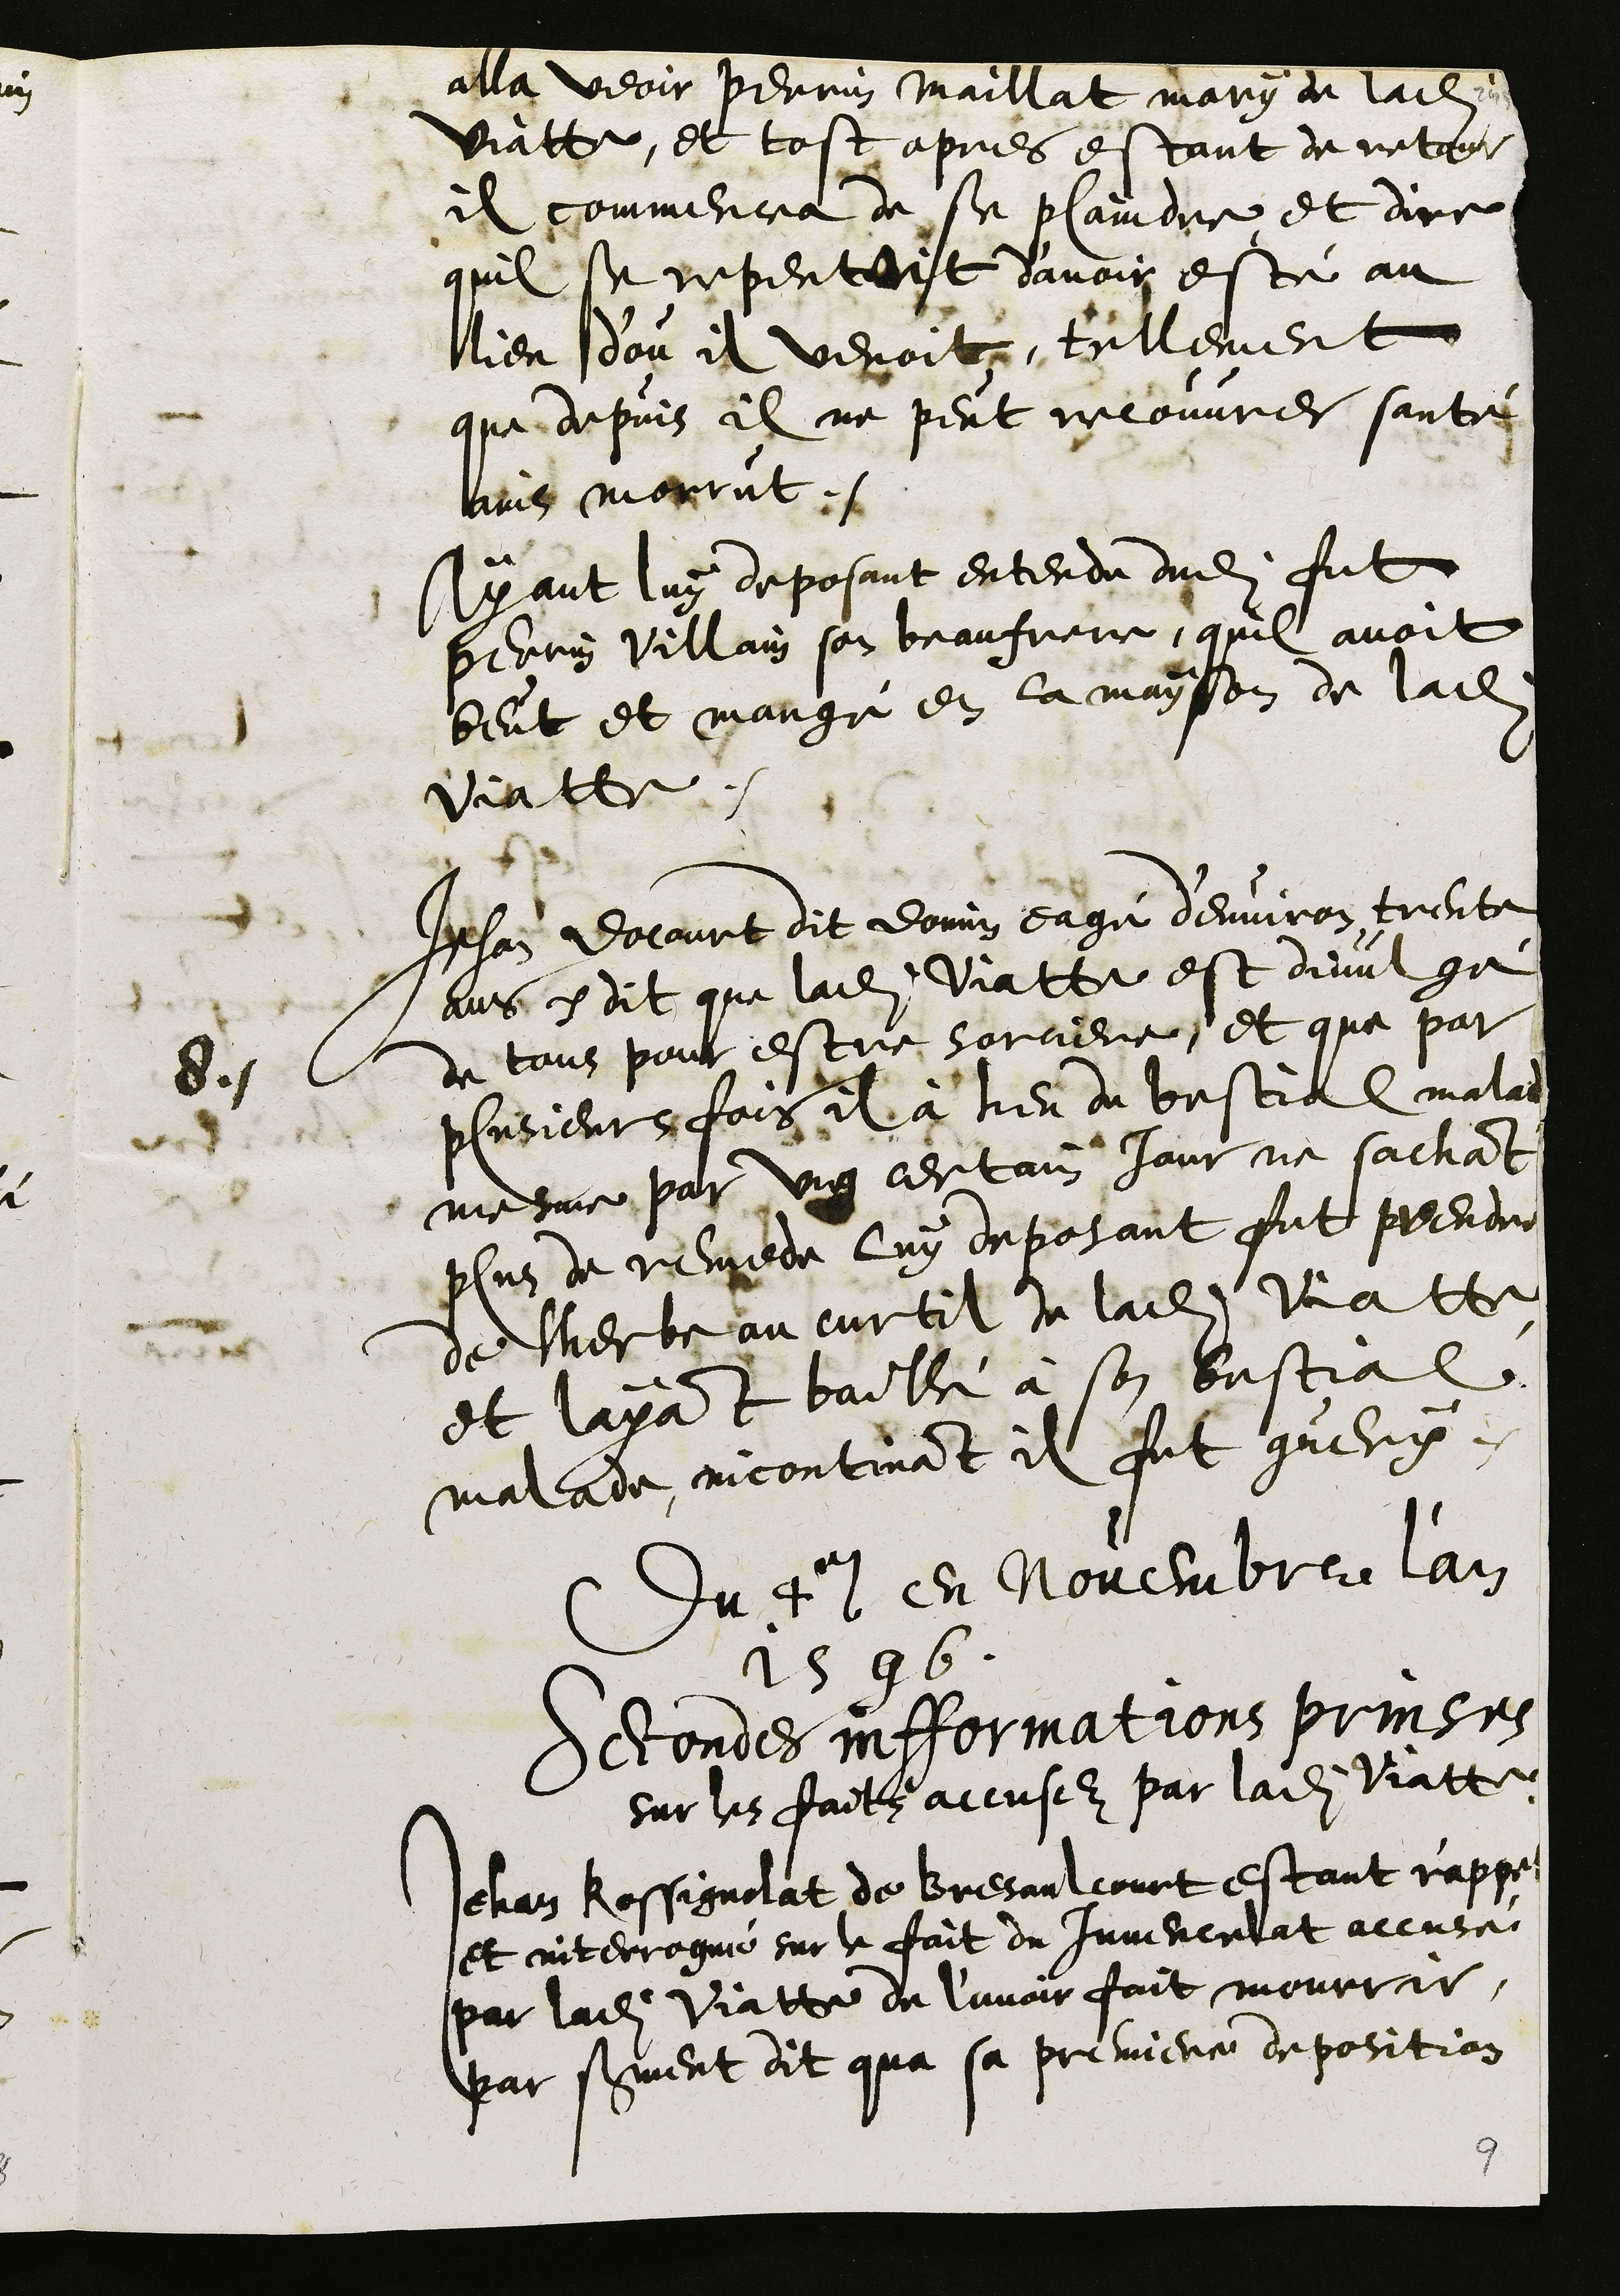
alla veoir Perrin Maillat mary de ladite
Viatte, et tost apres estant de retour
il commencea de se plaindre et dire
quil se repentoit d’avoir esté au
lieu d'ou il venoit, tellement
que depuis il ne peut recouvrer santé
ains morrut.
Ayant luy deposant entendu dudit fut
Perrin Villain son beaufrere, quil avoit
beut et mangé en la mayson de ladite
Viatte.
8
Jehan Docourt dit Domin eagé d'environ trente
ans dit que ladite Viatte est divulgé
de tous pour estre sorciere, et que par
plusieurs fois il à heu du bestial malade
mesme par ung certain jour ne sachant
plus de remede luy deposant fut prendre
de lherbe au curtil de ladite Viatte,
et layant baillé à son bestial
malade, incontinant il fut guery.
Du 4e en Novembre l'an
1596.
Secondes infformations prinses
sur les fait accusez par ladite Viatte
Jehan Rossignolat de Bresaulcourt estant r'appelé
et interrogué sur le fait du Juvencelat accusé
par ladite Viatte de l’avoir fait mourrir,
par serment dit qua sa premiere deposition

9